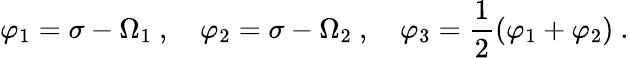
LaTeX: \varphi_{1}=\sigma-\Omega_{1}\ ,\quad\varphi_{2}=\sigma-\Omega_{2}\ ,\quad\varphi_{3}=\frac 12(\varphi_{1}+\varphi_{2})\ .